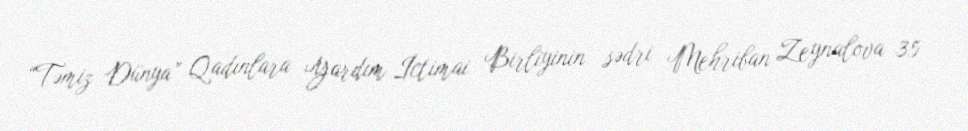
“Təmiz Dünya” Qadınlara Yardım İctimai Birliyinin sədri Mehriban Zeynalova 35